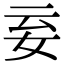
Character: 𡛍